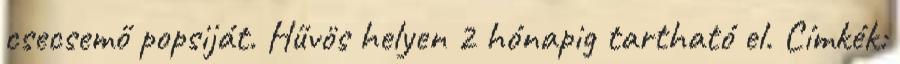
csecsemő popsiját. Hűvös helyen 2 hónapig tartható el. Címkék: